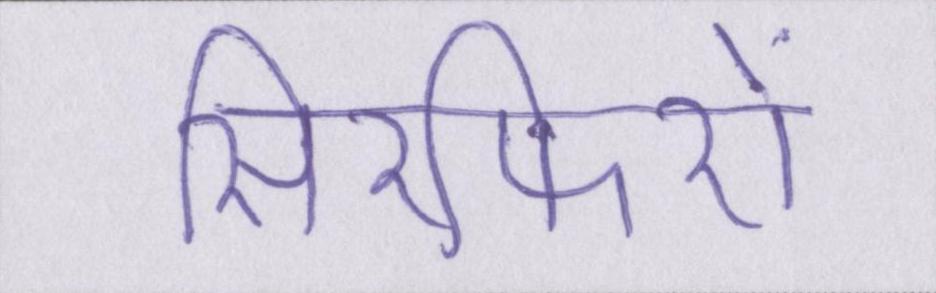
सिरफिरों